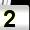
Digit: 2